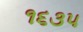
૧૬૩૫